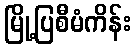
မြို့ပြစီမံကိန်း